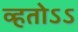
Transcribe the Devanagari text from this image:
व्हतोऽऽ